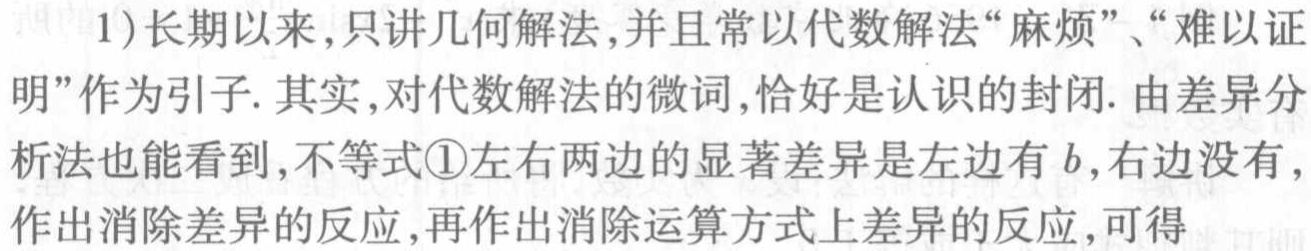
(1)长期以来,只讲几何解法,并且常以代数解法“麻烦”、“难以证明”作为引子. 其实,对代数解法的微词,恰好是认识的封闭. 由差异分析法也能看到,不等式\textcircled{1}左右两边的显著差异是左边有\(b\),右边没有,作出消除差异的反应,再作出消除运算方式上差异的反应,可得